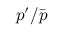
p ^ { \prime } / \bar { p }